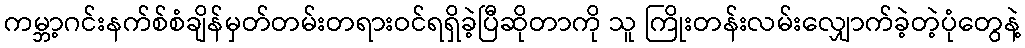
ကမ္ဘာ့ဂင်းနက်စ်စံချိန်မှတ်တမ်းတရားဝင်ရရှိခဲ့ပြီဆိုတာကို သူ ကြိုးတန်းလမ်းလျှောက်ခဲ့တဲ့ပုံတွေနဲ့